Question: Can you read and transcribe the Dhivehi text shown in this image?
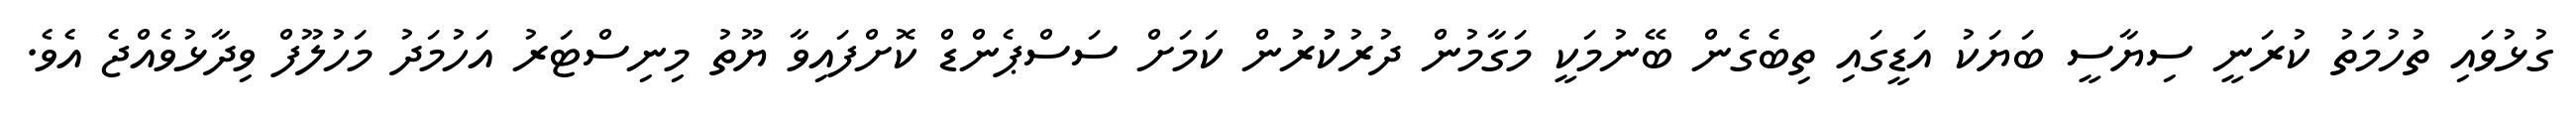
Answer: ގުޅުވައި ތުހުމަތު ކުރަނީ ސިޔާސީ ބަޔަކު އަޑީގައި ތިބެގެން ބޭނުމަކީ މަގާމުން ދުރުކުުރުން ކަމަށް ސަސްޕެންޑް ކޮށްފައިވާ ޔޫތު މިނިސްޓަރު އަހުމަދު މަހުލޫފް ވިދާޅުވެއްޖެ އެވެ.